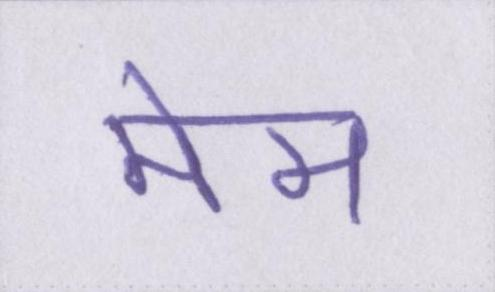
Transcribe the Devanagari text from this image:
मेम